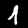
Digit: 1